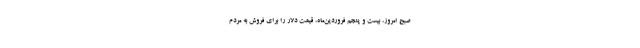
صبح امروز، بیست و پنجم فروردین‌ماه، قیمت دلار را برای فروش به مردم